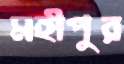
মহীপুর